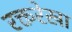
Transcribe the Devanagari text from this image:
रक्तरेखा